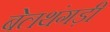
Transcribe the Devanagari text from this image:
बेलथंगड़ी